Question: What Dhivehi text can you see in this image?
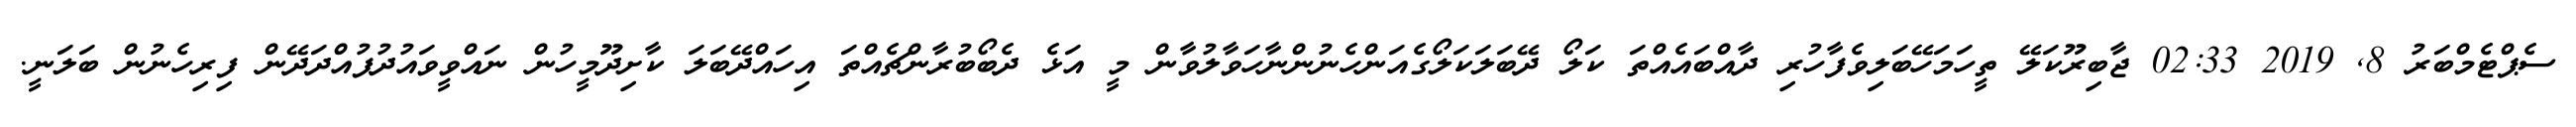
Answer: ސެޕްޓެމްބަރު 8, 2019 02:33 ޖާބިރޫކަލޭ ތީހަމަހޭބަލިވެފާހުރި ދާއްބައެއްތަ ކަލޯ ދޭބަލަކަލޯގެއަންހެނުންނާހަވާލުވާން މީ އަޅެ ދެބޯބުރާންޗެއްތަ އިހައްދޭބަލަ ކާށިދޫމީހުން ނައްވީވައުދުފުއްދަދޭން ފިރިހެނުން ބަލަނީ.